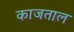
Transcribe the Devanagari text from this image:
काजताल